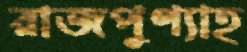
রাজপুণ্যাহ